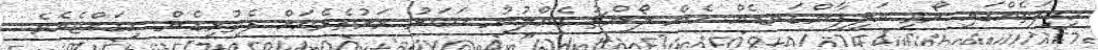
ހިކިފަތެއްގައި ރޯވި އަލިފާންގަނޑެއް ހެން ލޯންޗު ގެއްލުނު ޙަބަރު ރަށުތެރެއަށް ފެތުރިގެން ހިގައްޖެއެވެ.